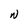
Character: W